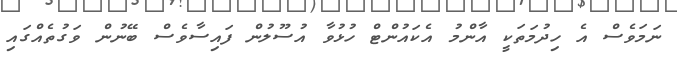
ނަމަވެސް އެ ހިދުމަތަކީ އާންމު އެކައުންޓް ހުޅުވާ އުސޫލުން ފައިސާވެސް ބޭނުން ވަގުތެއްގައި